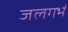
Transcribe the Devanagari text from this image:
जलगर्भ